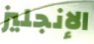
الإنجليز